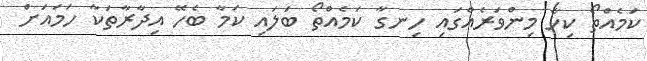
ކަމެއްތޯ ކިހާ މިންވަރެއްގައި ހިނގާ ކަމެއްތޯ ބަލައި ކަމާ ބެހޭ އިދާރާތަކާ ހަމައަށް